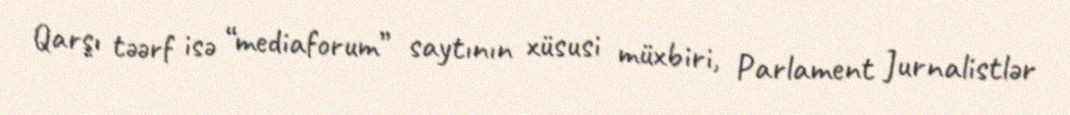
Qarşı təərf isə “mediaforum” saytının xüsusi müxbiri, Parlament Jurnalistlər